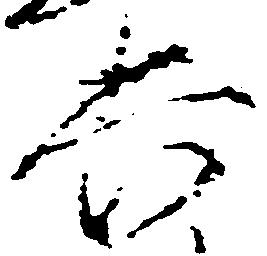
兵